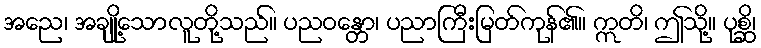
အညေ၊ အချို့သောလူတို့သည်။ ပညဝန္တော၊ ပညာကြီးမြတ်ကုန်၏။ ဣတိ၊ ဤသို့။ ပုစ္ဆိ၊